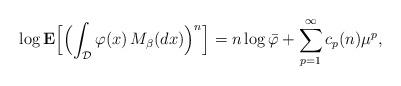
LaTeX: \begin{align*}\log{\bf{E}} \Bigl[\Bigl( \int_\mathcal{D} \varphi(x)\, M_{\beta}(dx)\Bigr)^n\Bigr] = n\log \bar{\varphi}+ \sum\limits_{p=1}^\infty c_p(n) \mu^p,\end{align*}